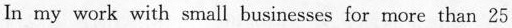
In my work with small businesses for more than 25